system: You are a helpful assistant.
user:
Analyze the provided spectrum to determine if it is a **S-type Star**.

- **Key Indicators for S-type Star:**

    - **(Overall Spectrum Shape):** The first and most obvious characteristic is the overall continuum (the "baseline" shape). It is **extremely "red-sloping,"** meaning the flux (light intensity) is very low on the left side (blue, ~4000-4500 Å) and rises steeply and continuously toward the right side (red, ~7000 Å+).

    - **(Primary):** The spectrum is defined by the presence of strong, broad molecular absorption "valleys" (bands) from **Zirconium Oxide (ZrO)**. The identification of these bands is the **primary requirement** for classifying a star as S-type.
        - **(Key Bandheads):** You must find distinct, deep "dips" where the light has been absorbed. The most critical band systems to locate are:
            - **~6474 Å** ($\gamma$-system): This is often the strongest and clearest ZrO feature, found in the red part of the spectrum.
            - **~5718 Å** & **~5551 Å** ($\beta$-system): A pair of prominent absorption features in the yellow-orange part of the spectrum.
            - **~4640 Å** ($\alpha$-system): A key absorption band system in the blue-green region of the spectrum.

    - **(Secondary Confirmation):** The classification is strengthened by finding additional absorption bands from other related heavy element oxides, which are expected to be present alongside ZrO.
        - **(Key Bandheads):**
            - **Yttrium Oxide (YO):** Look for absorption dips near **~4800 Å** and **~6100 Å**.
            - **Lanthanum Oxide (LaO):** Additional absorption features, particularly in the red-orange part of the spectrum, are also characteristic.

    - **(Line Profile):** The combination of the steep red continuum and these numerous, deep molecular bands (ZrO, YO, etc.) gives the entire spectrum a very **"chopped-up"** or **"bumpy"** appearance. Instead of a smooth curve, the spectrum looks as though large, wide chunks of light have been "carved out" of it at the specific wavelengths listed above.

Think first, call **spectral_visualization_tool** if needed to examine features in detail, then provide your final answer. Your response must adhere to the following strict rules:
1.  **Overall Structure:** Your response must follow the format `<think>...</think> <tool_call>...</tool_call> (if a tool is used) <answer>...</answer>`.
2.  **Tool Usage Constraint:** You may only make **one** tool call per turn.
3.  **Final Answer Format:** In the `<answer>` tag, your conclusion must be inside a `\boxed{}` command (e.g., `\boxed{YES}` or `\boxed{NO}`), followed by your justification.

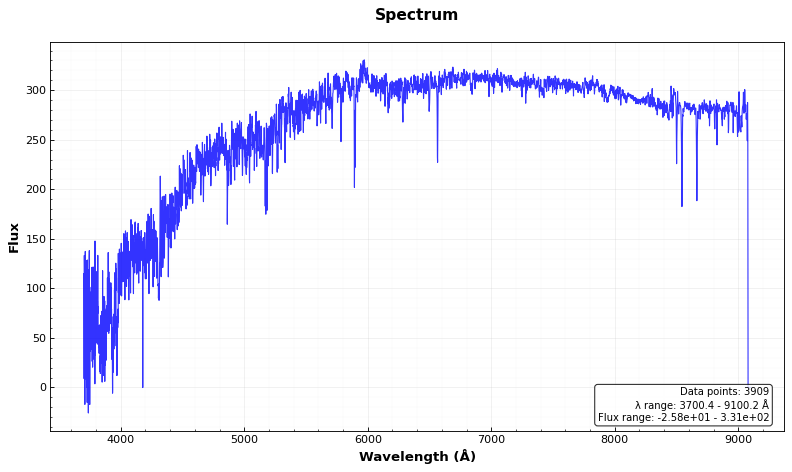
Answer: NO